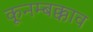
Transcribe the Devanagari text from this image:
कूनम्बक्काव